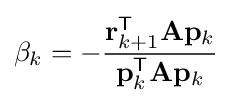
\beta _{k}=-{\frac {\mathbf {r} _{k+1}^{\mathsf {T}}\mathbf {A} \mathbf {p} _{k}}{\mathbf {p} _{k}^{\mathsf {T}}\mathbf {A} \mathbf {p} _{k}}}